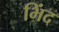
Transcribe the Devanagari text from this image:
भिंद